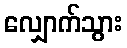
လျှောက်သွား